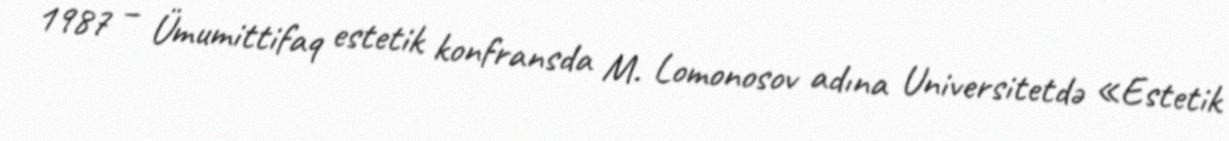
1987 – Ümumittifaq estetik konfransda M. Lomonosov adına Universitetdə «Estetik